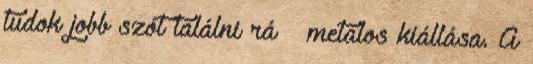
tudok jobb szót találni rá – metalos kiállása. A